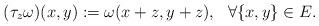
LaTeX: \begin{align*}(\tau_z\omega)(x, y) := \omega(x+z,y+z), ~~\forall \{x, y\} \in E.\end{align*}